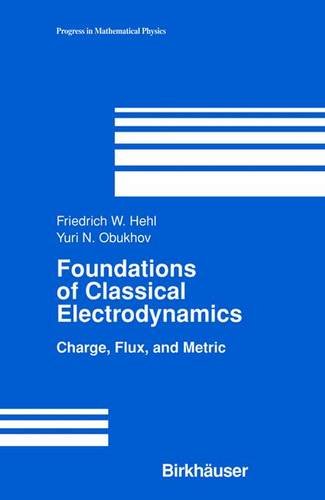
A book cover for Foundations of Classical Electrodynamics (Progress in Mathematical Physics); F. W. Hehl; Science & Math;